Indian journal of veterinary science and animal husbandry - Volume 8,
Year: 1938
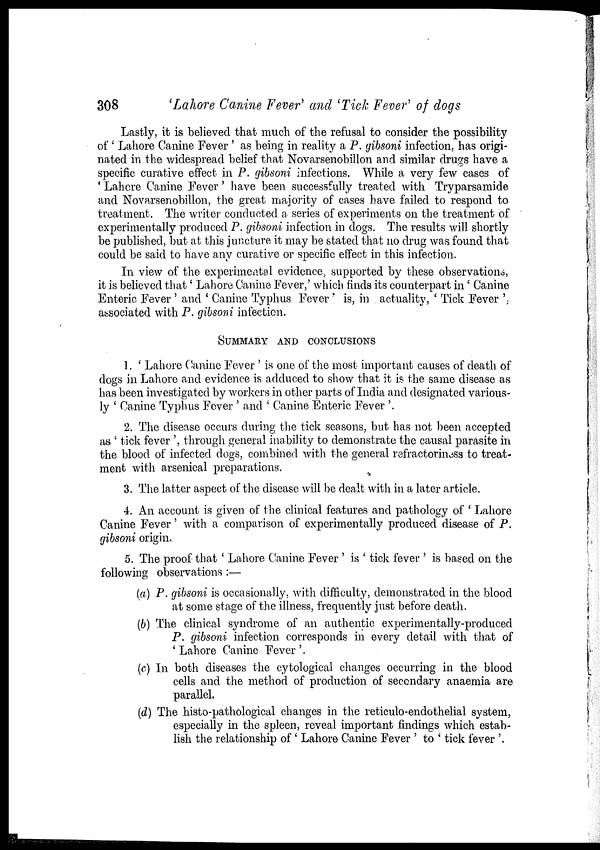
308
'Lahore Canine Fever' and 'Tick Fever' of dogs
Lastly, it is believed that much of the refusal to consider the possibility
of ' Lahore Canine Fever ' as being in reality a P. gibsoni infection, has origi-
nated in the widespread belief that Novarsenobillon and similar drugs have a
specific curative effect in P. gibsoni infections. While a very few cases of
' Lahore Canine Fever' have been successfully treated with Tryparsamide
and Novarsenobillon, the great majority of cases have failed to respond to
treatment. The writer conducted a series of experiments on the treatment of
experimentally produced P. gibsoni infection in dogs. The results will shortly
be published, but at this juncture it may be stated that no drug was found that
could be said to have any curative or specific effect in this infection.
In view of the experimental evidence, supported by these observations,
it is believed that' Lahore Canine Fever,' which finds its counterpart in' Canine
Enteric Fever ' and ' Canine Typhus Fever' is, in actuality, ' Tick Fever ',
associated with P. gibsoni infection.
SUMMARY AND CONCLUSIONS
1. ' Lahore Canine Fever ' is one of the most important causes of death of
dogs in Lahore and evidence is adduced to show that it is the same disease as
has been investigated by workers in other parts of India and designated various-
ly ' Canine Typhus Fever ' and ' Canine Enteric Fever '.
2. The disease occurs during the tick seasons, but has not been accepted
as ' tick fever ', through general inability to demonstrate the causal parasite in
the blood of infected dogs, combined with the general refractoriness to treat-
ment with arsenical preparations.
3. The latter aspect of the disease will be dealt with in a later article.
4. An account is given of the clinical features and pathology of ' Lahore
Canine Fever' with a comparison of experimentally produced disease of P.
gibsoni origin.
5. The proof that ' Lahore Canine Fever ' is ' tick fever ' is based on the
following observations:—
(a) P. gibsoni is occasionally, with difficulty, demonstrated in the blood
at some stage of the illness, frequently just before death.
(b) The clinical syndrome of an authentic experimentally-produced
P. gibsoni infection corresponds in every detail with that of
' Lahore Canine Fever '.
(c) In both diseases the cytological changes occurring in the blood
cells and the method of production of secondary anaemia are
parallel.
(d) The histo-pathological changes in the reticulo-endothelial system,
especially in the spleen, reveal important findings which estab-
lish the relationship of ' Lahore Canine Fever ' to ' tick fever '.